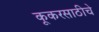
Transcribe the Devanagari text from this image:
कूकरसाठीचे